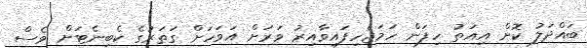
ބައްދަލު ކޮށް އިއަތު ހިފަން ހަމަޖެހިފައިވާއިރު ވަރަށް އަވަހަށް ގަތަރުގެ ކެބިނެޓަށް ވެސް